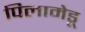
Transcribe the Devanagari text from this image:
पिलामेडू